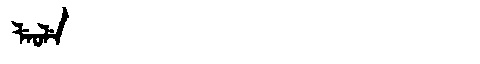
Manchu: ᠯᡝᠣᠯᡝ
Romanization: LEOLE